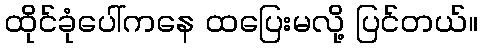
ထိုင်ခုံပေါ်ကနေ ထပြေးမလို့ ပြင်တယ်။